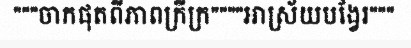
"""ចាកផុតពីភាពក្រីក្រ""""អាស្រ័យបង្វែរ"""